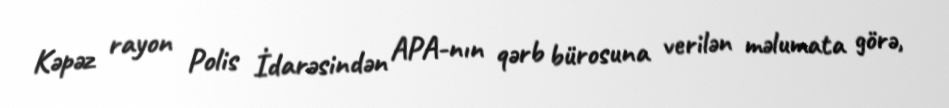
Kəpəz rayon Polis İdarəsindən APA-nın qərb bürosuna verilən məlumata görə,